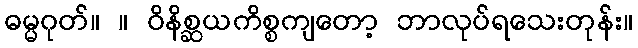
ဓမ္မဂုတ်။ ။ ဝိနိစ္ဆယကိစ္စကျတော့ ဘာလုပ်ရသေးတုန်း။